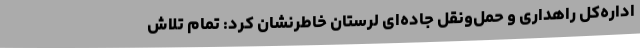
اداره‌کل راهداری و حمل‌ونقل جاده‌ای لرستان خاطرنشان کرد: تمام تلاش